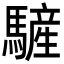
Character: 𩥮